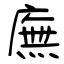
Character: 廡